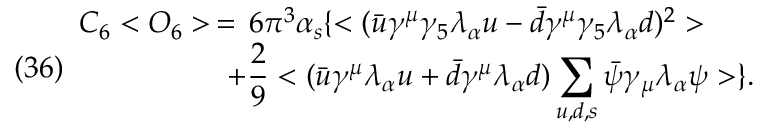
( 3 6 ) \begin{array} { l l } { { C _ { 6 } < O _ { 6 } > \, = \, 6 \pi ^ { 3 } \alpha _ { s } \{ < ( { \bar { u } } \gamma ^ { \mu } \gamma _ { 5 } \lambda _ { \alpha } u - { \bar { d } } \gamma ^ { \mu } \gamma _ { 5 } \lambda _ { \alpha } d ) ^ { 2 } > } } \\ { { \; \; \; \; \; \; \; \; \; \; \; \; \; \; \; \; \; \; + \displaystyle { \frac { 2 } { 9 } < ( { \bar { u } } \gamma ^ { \mu } \lambda _ { \alpha } u + { \bar { d } } \gamma ^ { \mu } \lambda _ { \alpha } d ) \sum _ { u , d , s } { \bar { \psi } } \gamma _ { \mu } \lambda _ { \alpha } \psi > \} } . } } \end{array}